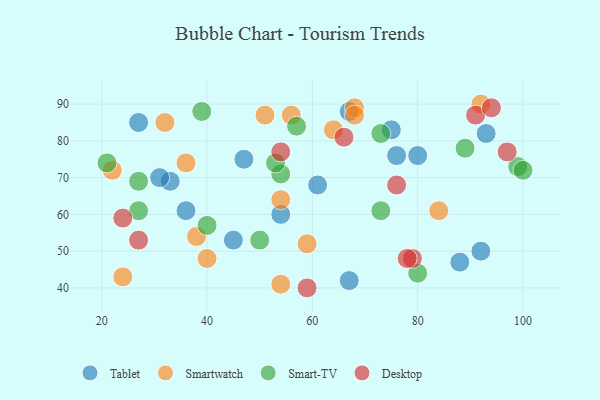
{"axis": {"x": "GDP", "y": "Life Expectancy"}, "legend": ["Desktop", "Smart-TV", "Smartwatch", "Tablet"], "data": [{"x": "45", "y": 53, "type": "Tablet"}, {"x": "61", "y": 68, "type": "Tablet"}, {"x": "93", "y": 82, "type": "Tablet"}, {"x": "27", "y": 85, "type": "Tablet"}, {"x": "75", "y": 83, "type": "Tablet"}, {"x": "67", "y": 42, "type": "Tablet"}, {"x": "76", "y": 76, "type": "Tablet"}, {"x": "67", "y": 88, "type": "Tablet"}, {"x": "47", "y": 75, "type": "Tablet"}, {"x": "36", "y": 61, "type": "Tablet"}, {"x": "54", "y": 60, "type": "Tablet"}, {"x": "33", "y": 69, "type": "Tablet"}, {"x": "88", "y": 47, "type": "Tablet"}, {"x": "80", "y": 76, "type": "Tablet"}, {"x": "92", "y": 50, "type": "Tablet"}, {"x": "31", "y": 70, "type": "Tablet"}, {"x": "54", "y": 64, "type": "Smartwatch"}, {"x": "40", "y": 48, "type": "Smartwatch"}, {"x": "38", "y": 54, "type": "Smartwatch"}, {"x": "92", "y": 90, "type": "Smartwatch"}, {"x": "59", "y": 52, "type": "Smartwatch"}, {"x": "64", "y": 83, "type": "Smartwatch"}, {"x": "32", "y": 85, "type": "Smartwatch"}, {"x": "36", "y": 74, "type": "Smartwatch"}, {"x": "54", "y": 41, "type": "Smartwatch"}, {"x": "56", "y": 87, "type": "Smartwatch"}, {"x": "24", "y": 43, "type": "Smartwatch"}, {"x": "22", "y": 72, "type": "Smartwatch"}, {"x": "68", "y": 89, "type": "Smartwatch"}, {"x": "68", "y": 87, "type": "Smartwatch"}, {"x": "84", "y": 61, "type": "Smartwatch"}, {"x": "51", "y": 87, "type": "Smartwatch"}, {"x": "89", "y": 78, "type": "Smart-TV"}, {"x": "21", "y": 74, "type": "Smart-TV"}, {"x": "54", "y": 71, "type": "Smart-TV"}, {"x": "39", "y": 88, "type": "Smart-TV"}, {"x": "99", "y": 73, "type": "Smart-TV"}, {"x": "40", "y": 57, "type": "Smart-TV"}, {"x": "50", "y": 53, "type": "Smart-TV"}, {"x": "53", "y": 74, "type": "Smart-TV"}, {"x": "73", "y": 82, "type": "Smart-TV"}, {"x": "27", "y": 69, "type": "Smart-TV"}, {"x": "57", "y": 84, "type": "Smart-TV"}, {"x": "27", "y": 61, "type": "Smart-TV"}, {"x": "100", "y": 72, "type": "Smart-TV"}, {"x": "73", "y": 61, "type": "Smart-TV"}, {"x": "80", "y": 44, "type": "Smart-TV"}, {"x": "91", "y": 87, "type": "Desktop"}, {"x": "54", "y": 77, "type": "Desktop"}, {"x": "79", "y": 48, "type": "Desktop"}, {"x": "27", "y": 53, "type": "Desktop"}, {"x": "94", "y": 89, "type": "Desktop"}, {"x": "59", "y": 40, "type": "Desktop"}, {"x": "78", "y": 48, "type": "Desktop"}, {"x": "66", "y": 81, "type": "Desktop"}, {"x": "76", "y": 68, "type": "Desktop"}, {"x": "97", "y": 77, "type": "Desktop"}, {"x": "24", "y": 59, "type": "Desktop"}]}